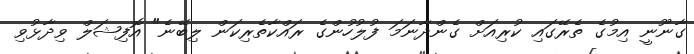
ގާނޫނީ އިމުގެ ތެރޭގައި ކުރިއަށް ގެންދާނަމަ ފުލުހުންގެ ރައްކާތެރިކަން ލިބޭނެ" އޮފިޝަލް ވިދާޅުވި